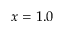
x = 1 . 0